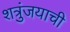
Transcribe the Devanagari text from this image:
शत्रुंजयाची